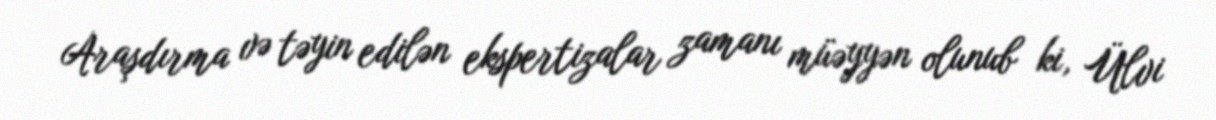
Araşdırma və təyin edilən ekspertizalar zamanı müəyyən olunub ki, Ülvi